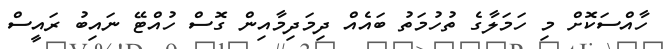
ހާއްސަކޮށް މި ހަމަލާގެ ތުހުމަތު ބައެއް ދިމަދިމާއިން ގޮސް ހުއްޓޭ ނައިބު ރައީސް